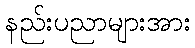
နည်းပညာများအား